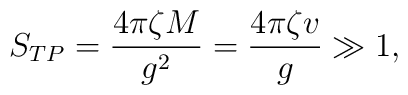
S_{TP}=\frac{4\pi \zeta M}{g^2}=\frac{4\pi \zeta v}{g}\gg 1,